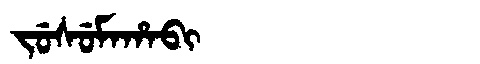
Manchu: ᠵᡠᠰᡠᠮᠠᡥᠠᠪᡳ
Romanization: JUSUMAHABI